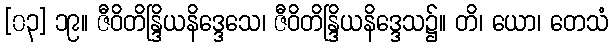
[၀၃] ၁၉။ ဇီဝိတိန္ဒြိယနိဒ္ဒေသေ၊ ဇီဝိတိန္ဒြိယနိဒ္ဒေသ၌။ တိ၊ ယော၊ တေသံ